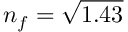
n _ { f } = \sqrt { 1 . 4 3 }